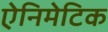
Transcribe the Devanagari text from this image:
ऐनिमेटिक